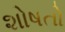
શોષતો